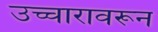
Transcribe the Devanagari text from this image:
उच्चारावरून